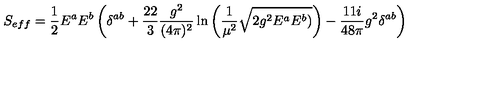
S _ { e f f } = \frac { 1 } { 2 } E ^ { a } E ^ { b } \left( \delta ^ { a b } + \frac { 2 2 } { 3 } \frac { g ^ { 2 } } { ( 4 \pi ) ^ { 2 } } \ln \left( \frac { 1 } { \mu ^ { 2 } } \sqrt { 2 g ^ { 2 } E ^ { a } E ^ { b } ) } \right) - \frac { 1 1 i } { 4 8 \pi } g ^ { 2 } \delta ^ { a b } \right)